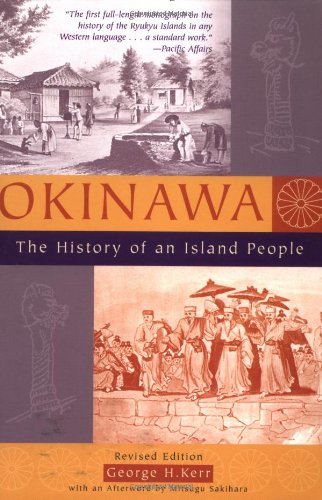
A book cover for Okinawa: The History of an Island People; George Kerr; History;